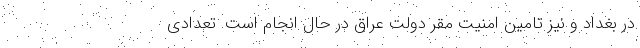
در بغداد و نیز تامین امنیت مقر دولت عراق در حال انجام است. تعدادی